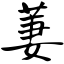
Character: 萋